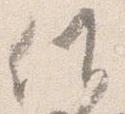
候